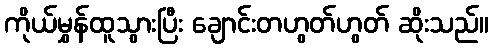
ကိုယ်မွှန်ထူသွားပြီး ချောင်းတဟွတ်ဟွတ် ဆိုးသည်။